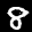
Label: 8